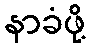
နာခံဖို့